Civil Veterinary Dept. North-West Frontier Province 1901-22 - 1901-1922
Year: 1901
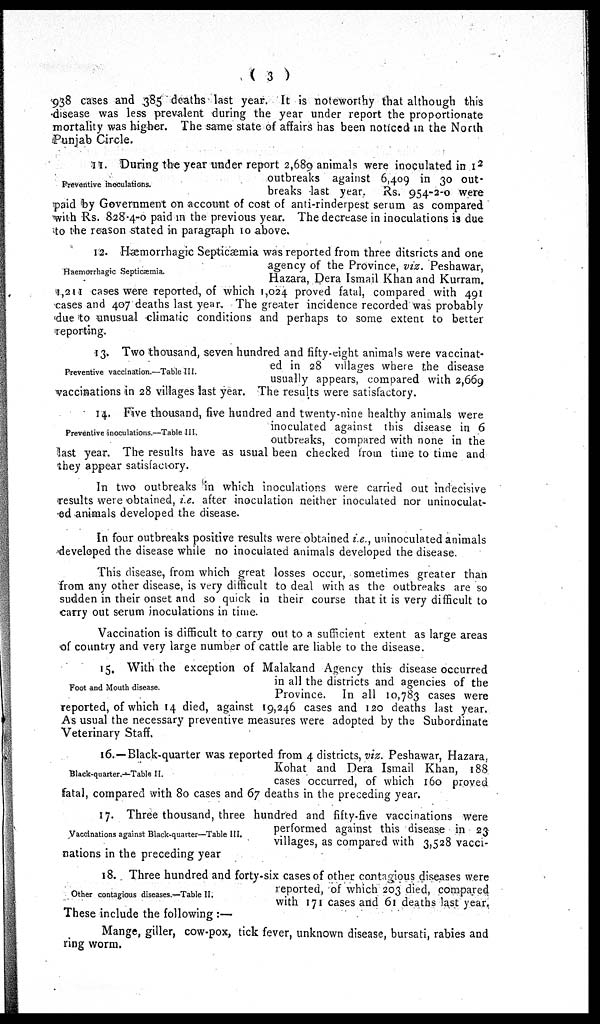
(3)
938 cases and 385 deaths last year. It is noteworthy that although this
disease was less prevalent during the year under report the proportionate
mortality was higher. The same state of affairs has been noticed in the North
Punjab Circle.
Preventive inoculations.
11. During the year under report 2,689 animals were inoculated in 1 2
outbreaks against 6,409 in 30 out-
breaks last year.
Rs. 954-2-0 were
paid by Government on account of cost of anti-rinderpest serum as compared
with Rs. 828-4-0 paid in the previous year. The decrease in inoculations is due
to the reason stated in paragraph 10 above.
Hæmorrhagic Septicæmia.
12. Hæmorrhagic Septicæmia was reported from three ditsricts and one
agency of the Province, viz. Peshawar,
Hazara, Dera Ismail Khan and Kurram.
4,214 cases were reported, of which 1,024 proved fatal, compared with 491
cases and 407 deaths last year. The greater incidence recorded was probably
due to unusual climatic conditions and perhaps to some extent to better
reporting.
Preventive vaccination.—Table III.
13. Two thousand, seven hundred and fifty-eight animals were vaccinat-
ed in 28 villages where the disease
usually appears, compared with 2,669
vaccinations in 28 villages last year. The results were satisfactory.
Preventive inoculations.—Table III.
14. Five thousand, five hundred and twenty-nine healthy animals were
inoculated against this disease in 6
outbreaks, compared with none in the
last year. The results have as usual been checked from time to time and
they appear satisfactory.
In two outbreaks in which inoculations were carried out indecisive
results were obtained, i.e. after inoculation neither inoculated nor uninoculat-
ed animals developed the disease.
In four outbreaks positive results were obtained i.e., uninoculated animals
developed the disease while no inoculated animals developed the disease.
This disease, from which great losses occur, sometimes greater than
from any other disease, is very difficult to deal with as the outbreaks are so
sudden in their onset and so quick in their course that it is very difficult to
carry out serum inoculations in time.
Vaccination is difficult to carry out to a sufficient extent as large areas
of country and very large number of cattle are liable to the disease.
Foot and Mouth disease.
15. With the exception of Malakand Agency this disease occurred
in all the districts and agencies of the
Province.
In all 10,783 cases were
reported, of which 14 died, against 19,246 cases and 120 deaths last year.
As usual the necessary preventive measures were adopted by the Subordinate
Veterinary Staff.
Black-quarter .—Table II.
16.— Black-quarter was reported from 4 districts, viz. Peshawar, Hazara,
Kohat and Dera Ismail Khan, 188
cases occurred, of which 160 proved
fatal, compared with 80 cases and 67 deaths in the preceding year.
Vaccinations against Black-quarter—Table III.
17. Three thousand, three hundred and fifty-five vaccinations were
performed against this disease in 23
villages, as compared with 3,528 vacci-
nations in the preceding year
Other contagious diseases.—Table II.
18. Three hundred and forty-six cases of other contagious diseases were
reported, of which 203 died, compared
with 171 cases and 61 deaths last year.
These include the following :—
Mange, giller, cow-pox, tick fever, unknown disease, bursati, rabies and
ring worm.